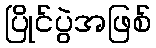
ပြိုင်ပွဲအဖြစ်